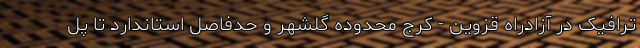
ترافیک در آزادراه قزوین - کرج محدوده گلشهر و حدفاصل استاندارد تا پل